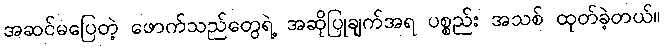
အဆင်မပြေတဲ့ ဖောက်သည်တွေရဲ့ အဆိုပြုချက်အရ ပစ္စည်း အသစ် ထုတ်ခဲ့တယ်။